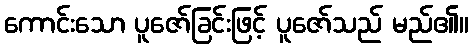
ကောင်းသော ပူဇော်ခြင်းဖြင့် ပူဇော်သည် မည်၏။